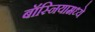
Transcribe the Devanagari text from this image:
बॉस्नियामध्ये